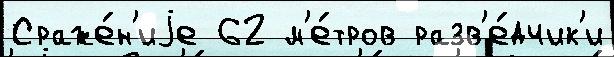
Сраже́н'иjе 62 м'е́тров разв'е́дчик'и